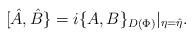
LaTeX: \begin{align*}[\hat{A},\hat{B}\}=i\{A,B\}_{D(\Phi)}|_{\eta=\hat{\eta}}.\end{align*}